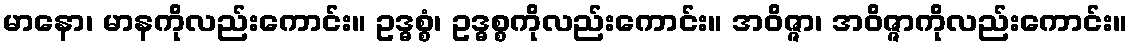
မာနော၊ မာနကိုလည်းကောင်း။ ဥဒ္ဓစ္စံ၊ ဥဒ္ဓစ္စကိုလည်းကောင်း။ အဝိဇ္ဇာ၊ အဝိဇ္ဇာကိုလည်းကောင်း။